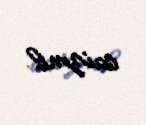
caizmi?.